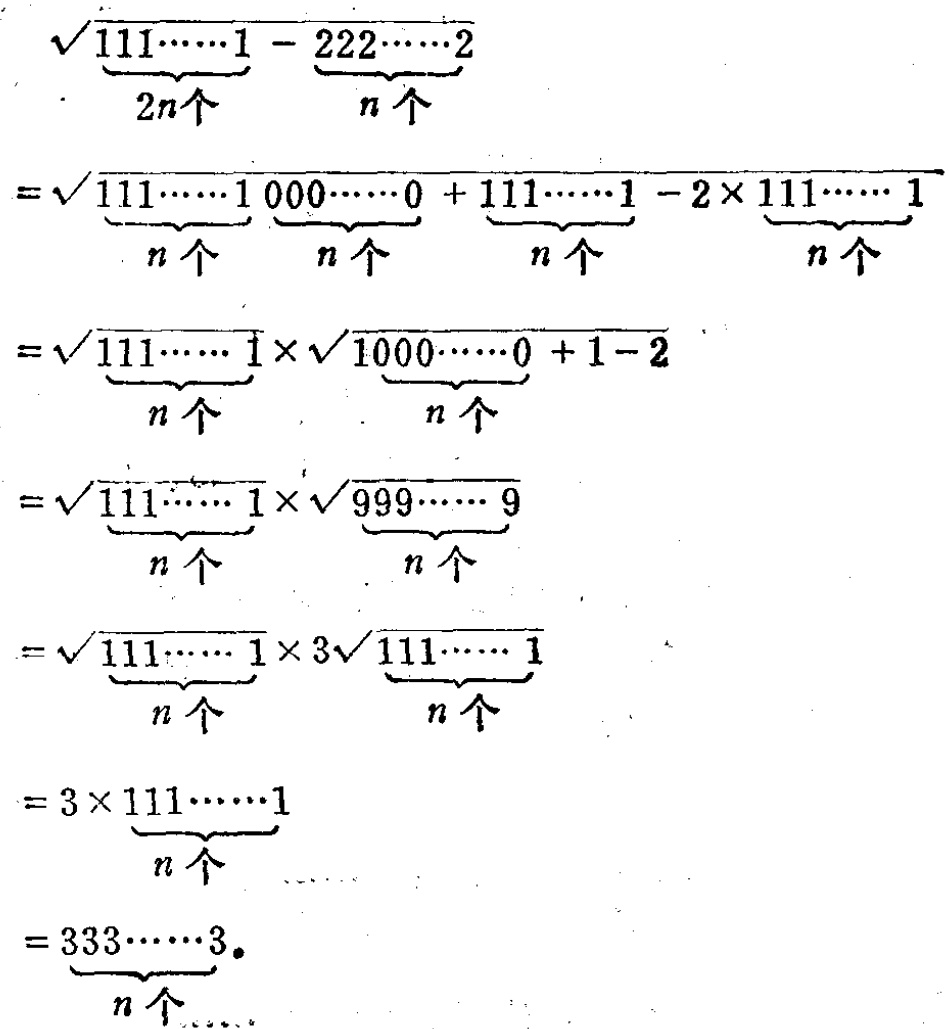
\begin{align*}

&\sqrt{\underbrace{111\cdots\cdots1}_{2n个}-\underbrace{222\cdots\cdots2}_{n个}}\\

=&\sqrt{\underbrace{111\cdots\cdots1}_{n个}\underbrace{000\cdots\cdots0}_{n个}+\underbrace{111\cdots\cdots1}_{n个}-2\times\underbrace{111\cdots\cdots1}_{n个}}\\

=&\sqrt{\underbrace{111\cdots\cdots1}_{n个}}\times\sqrt{\underbrace{1000\cdots\cdots0}_{n个}+1 - 2}\\

=&\sqrt{\underbrace{111\cdots\cdots1}_{n个}}\times\sqrt{\underbrace{999\cdots\cdots9}_{n个}}\\

=&\sqrt{\underbrace{111\cdots\cdots1}_{n个}}\times3\sqrt{\underbrace{111\cdots\cdots1}_{n个}}\\

=&3\times\underbrace{111\cdots\cdots1}_{n个}\\

=&\underbrace{333\cdots\cdots3}_{n个}.

\end{align*}